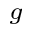
_ g